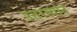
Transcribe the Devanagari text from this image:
उत्तरस्थान